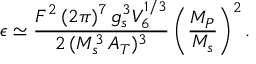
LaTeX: \epsilon \simeq \frac { F ^ { 2 } \, ( 2 \pi ) ^ { 7 } \, g _ { s } ^ { 3 } V _ { 6 } ^ { 1 / 3 } } { 2 \, ( M _ { s } ^ { 3 } \, A _ { T } ) ^ { 3 } } \left( \frac { M _ { P } } { M _ { s } } \right) ^ { 2 } .